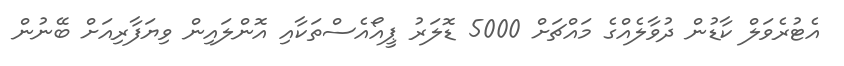
އެޓުރެވަލް ކާޑުން ދުވާލެއްގެ މައްޗަށް 5000 ޑޮލަރު ޕީއޯއެސްތަކާއި އޮންލައިން ވިޔަފާރިއަށް ބޭނުން